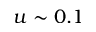
u \sim 0 . 1